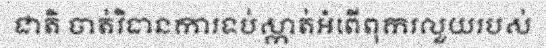
ជាតិ ចាត់វិធានការទប់ស្កាត់អំពើពុករលួយរបស់